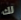
لك